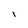
Character: I